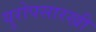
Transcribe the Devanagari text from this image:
युरोपसारखी